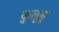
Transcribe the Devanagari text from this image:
कुलूबू